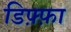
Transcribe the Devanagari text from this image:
डिफ़्फ़ा